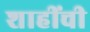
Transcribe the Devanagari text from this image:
शाहींची